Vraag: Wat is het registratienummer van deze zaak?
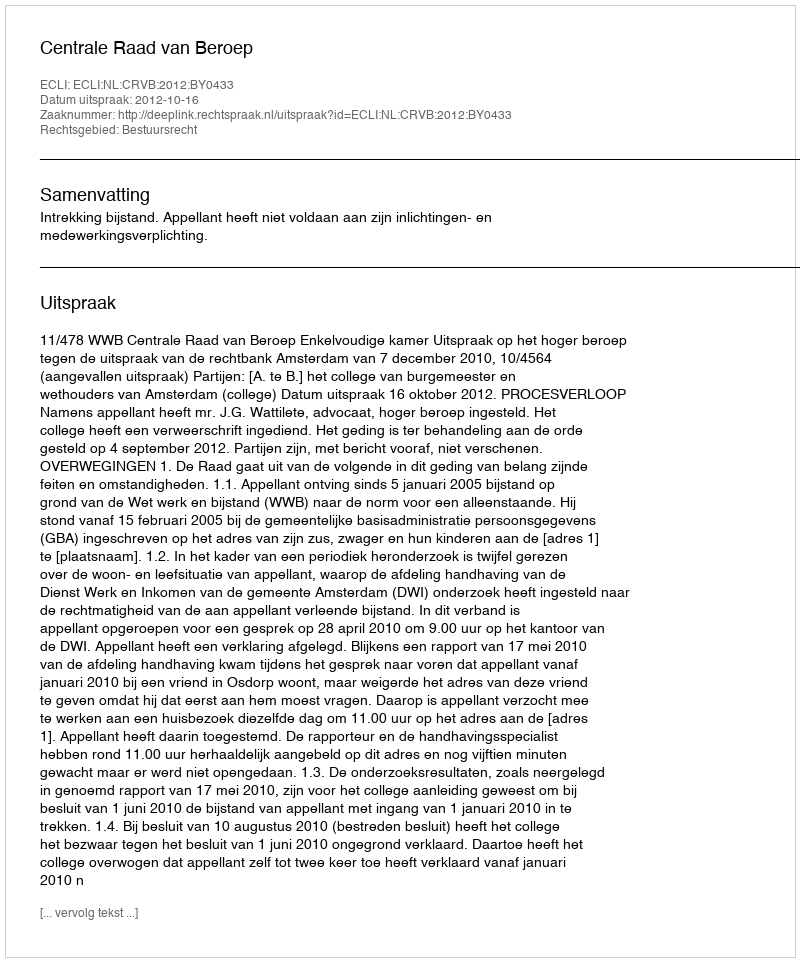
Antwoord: http://deeplink.rechtspraak.nl/uitspraak?id=ECLI:NL:CRVB:2012:BY0433